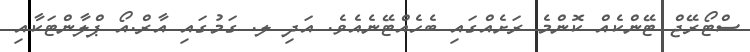
ސްޓޯރޭޖް ޓޭންކެއް ކޮންމެ ރަށެއްގައި ބެހެއްޓޭނެއެވެ. އަދި ލ. ގަމުގައި އާރް.އޯ ޕްލާންޓަކާއި